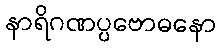
နာရိဂဏပ္ပဗောဓနော